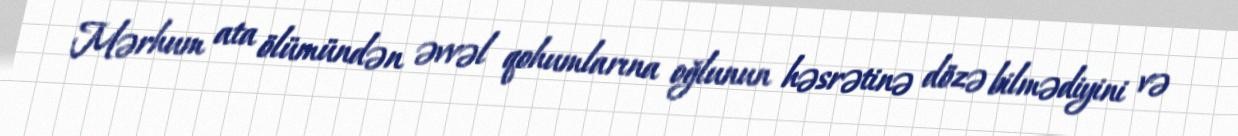
Mərhum ata ölümündən əvvəl qohumlarına oğlunun həsrətinə dözə bilmədiyini və